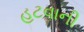
હટવાની